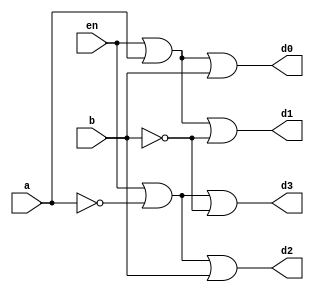
// d0=a+b+c
// d1=a+b+c'
// d2=a+b'+c
// d3=a+b'+c'

module decoder2to4_dl (
    en, a, b, d0, d1, d2, d3
);
input en, a, b;
output d0, d1, d2, d3;

assign d0 = en | a | b;
assign d1 = en | a | ~b;
assign d2 = en | ~a | b;
assign d3 = en | ~a | ~b;
    
endmodule

module decoder2to4_dl_tb;
reg en, a, b;
wire d0, d1, d2, d3;
decoder2to4_dl de1(en, a, b, d0, d1, d2, d3);

initial begin
    en=1'b0; a=1'b0; b=1'b0;
    $monitor("Time:%f, en=%b a=%b b=%b, d0=%b, d1=%b, d2=%b, d3=%b", $time, en, a, b, d0, d1, d2, d3 );
    #5 en=1'b0; a=1'b0; b=1'b0;
    #5 en=1'b0; a=1'b0; b=1'b1;
    #5 en=1'b0; a=1'b1; b=1'b0;
    #5 en=1'b0; a=1'b1; b=1'b1;
   
end
endmodule